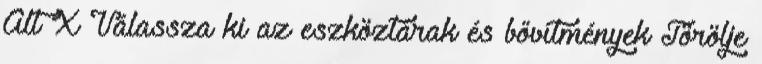
Alt X Válassza ki az eszköztárak és bővítmények Törölje